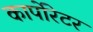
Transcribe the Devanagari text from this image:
कार्पोरेटर